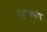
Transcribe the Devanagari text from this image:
लालधंग